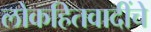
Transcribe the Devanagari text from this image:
लोकहितवादींचे